Report of the Indian Hemp Drugs Commission, 1894-1895 - Volume VIII
Year: 1894
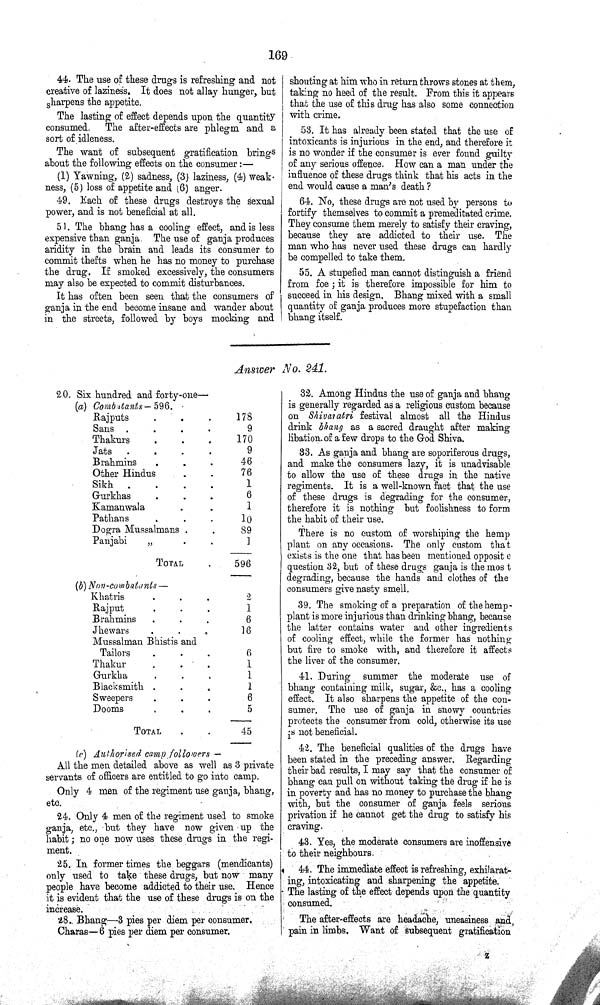
169
44. The use of these drugs is refreshing and not
creative of laziness. It does not allay hunger, but
sharpens the appetite.
The lasting of effect depends upon the quantity
consumed. The after-effects are phlegm and a
sort of idleness.
The want of subsequent gratification brings
about the following effects on the consumer:—
(1) Yawning, (2) sadness, (3) laziness, (4) weak¬
ness, (5) loss of appetite and (6) anger.
49. Each of these drugs destroys the sexual
power, and is not beneficial at all.
51. The bhang has a cooling effect, and is less
expensive than ganja. The use of ganja produces
aridity in the brain and leads its consumer to
commit thefts when he has no money to purchase
the drug. If smoked excessively, the consumers
may also be expected to commit disturbances.
It has often been seen that the consumers of
ganja in the end become insane and wander about
in the streets, followed by boys mocking and
shouting at him who in return throws stones at them,
taking no heed of the result. From this it appears
that the use of this drug has also some connection
with crime.
53. It has already been stated that the use of
intoxicants is injurious in the end, and therefore it
is no wonder if the consumer is ever found guilty
of any serious offence. How can a man under the
influence of these drugs think that his acts in the
end would cause a man's death ?
64. No, these drugs are not used by persons to
fortify themselves to commit a premeditated crime.
They consume them merely to satisfy their craving,
because they are addicted to their use. The
man who has never used these drugs can hardly
be compelled to take them.
55. A stupefied man cannot distinguish a friend
from foe; it is therefore impossible for him to
succeed in his design. Bhang mixed with a small
quantity of ganja produces more stupefaction than
bhang itself.
Answer No. 241.
20. Six hundred and forty-one—
(a) Combtants—596.
Rajputs
178
Sans
9
Thakurs
170
Jats
9
Brahmins
46
Other Hindus
76
Sikh
1
Gurkhas
6
Kamanwala
1
Pathans
10
Dogra Mussalmans
89
Punjabi
1
TOTAL
596
(b) Non-combatants —
Khatris
2
Rajput
1
Brahmins
6
Jhewars
16
Mussalman Bhistis and
Tailors
6
Thakur
1
Gurkha
1
Blacksmith
1
Sweepers
6
Dooms
5
TOTAL
45
(c) Authorised camp followers —
All the men detailed above as well as 3 private
servants of officers are entitled to go into camp.
Only 4 men of the regiment use ganja, bhang,
etc.
24. Only 4 men of the regiment used to smoke
ganja, etc., but they have now given up the
habit; no one now uses these drugs in the regi¬
ment.
25. In former times the beggars (mendicants)
only used to take these drugs, but now many
people have become addicted to their use. Hence
it is evident that the use of these drugs is on the
increase.
28. Bhang—3 pies per diem per consumer.
Charas—6 pies per diem per consumer.
32. Among Hindus the use of ganja and bhang
is generally regarded as a religious custom because
on Shivaratri festival almost all the Hindus
drink bhang as a sacred draught after making
libation of a few drops to the God Shiva.
33. As ganja and bhang are soporiferous drugs,
and make the consumers lazy, it is unadvisable
to allow the use of these drugs in the native
regiments. It is a well-known fact that the use
of these drugs is degrading for the consumer,
therefore it is nothing but foolishness to form
the habit of their use.
There is no custom of worshiping the hemp
plant on any occasions. The only custom that
exists is the one that has been mentioned opposite
question 32, but of these drugs ganja is the most
degrading, because the hands and clothes of the
consumers give nasty smell.
39. The smoking of a preparation of the hemp-
plant is more injurious than drinking bhang, because
the latter contains water and other ingredients
of cooling effect, while the former has nothing
but fire to smoke with, and therefore it affects
the liver of the consumer.
41. During summer the moderate use of
bhang containing milk, sugar, &c., has a cooling
effect. It also sharpens the appetite of the con¬
sumer. The use of ganja in snowy countries
protects the consumer from cold, otherwise its use
is not beneficial.
42. The beneficial qualities of the drugs have
been stated in the preceding answer. Regarding
their bad results, I may say that the consumer of
bhang can pull on without taking the drug if he is
in poverty and has no money to purchase the bhang
with, but the consumer of ganja feels serious
privation if he cannot get the drug to satisfy his
craving.
43. Yes, the moderate consumers are inoffensive
to their neighbours.
44. The immediate effect is refreshing, exhilarat¬
ing, intoxicating and sharpening the appetite.
The lasting of the effect depends upon the quantity
consumed.
The after-effects are headache, uneasiness and
pain in limbs. Want of subsequent gratification
z